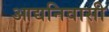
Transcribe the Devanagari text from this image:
आद्यनिवासी